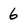
Character: 6